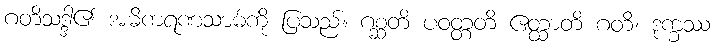
ဂတိသဒ္ဒါ၏ အဓိကရဏသာဓ်ကို ပြသည်။ ဂစ္ဆတိ ပဝတ္တတိ ဧတ္ထာတိ ဂတိ၊ ဒုက္ခဿ